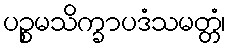
ပဉ္စမသိက္ခာပဒံသမတ္တံ၊